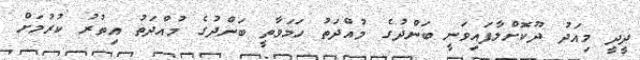
ދީދީ މިއަދު ދޫކޮށްލާފައިވަނީ ބަންދުގެ މުއްދަތު ހަމަވާތީ ބަންދުގެ މުއްދަތު އިތުރު ކުރުމަށް